system: You are a helpful assistant.
user:
Analyze the provided spectrum to determine if it is a **"Cataclysmic Variables (CV)"**.

- **Key Indicators for CV (Check for either state):**
    - **State 1: Quiescent / Low-State (Emission-Dominated)**
        - **(Primary):** Strong and *very broad* Hydrogen Balmer emission lines (e.g., $H\alpha$ at 6563 Å, $H\beta$ at 4861 Å). The 'broadness' (high velocity dispersion, often FWHM > 1000 km/s) is the key diagnostic, indicating a high-velocity accretion disk.
        - **(Secondary):** Broad neutral Helium (He I) emission lines (e.g., 5876 Å, 6678 Å).
        - **(Key Confirmation):** Presence of high-excitation *ionized* Helium (He II) emission at 4686 Å. This is a strong indicator of accretion onto a white dwarf.
        - **(Line Profile):** Emission lines may exhibit a 'double-peaked' profile, which is a classic signature of a rotating accretion disk viewed at high inclination.

    - **State 2: Outburst / High-State (Absorption-Dominated)**
        - **(Primary):** Spectrum is dominated by a bright, blue continuum (looks like a hot star).
        - **(Secondary):** The emission lines from State 1 are weak, absent, or 'filled in', and are replaced by broad, shallow *absorption* lines (primarily Balmer and He I).
        - **(Morphology):** The overall spectrum mimics a hot B/A-type star. The crucial difference is that the absorption lines are significantly broader, shallower, and more 'washed-out' (or 'smeared') than the sharp lines of a normal stellar photosphere, due to high rotational speeds and pressure broadening in the disk.

Think first, call **spectral_visualization_tool** if needed to examine features in detail, then provide your final answer. Your response must adhere to the following strict rules:
1.  **Overall Structure:** Your response must follow the format `<think>...</think> <tool_call>...</tool_call> (if a tool is used) <answer>...</answer>`.
2.  **Tool Usage Constraint:** You may only make **one** tool call per turn.
3.  **Final Answer Format:** In the `<answer>` tag, your conclusion must be inside a `\boxed{}` command (e.g., `\boxed{YES}`), followed by your justification.

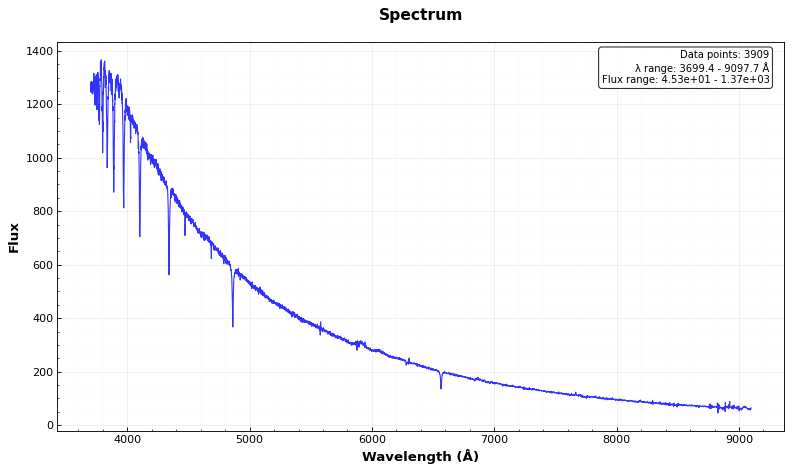
Answer: NO